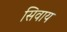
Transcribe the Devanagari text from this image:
सिवाय